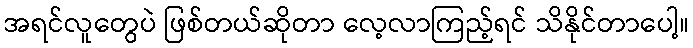
အရင်လူတွေပဲ ဖြစ်တယ်ဆိုတာ လေ့လာကြည့်ရင် သိနိုင်တာပေါ့။